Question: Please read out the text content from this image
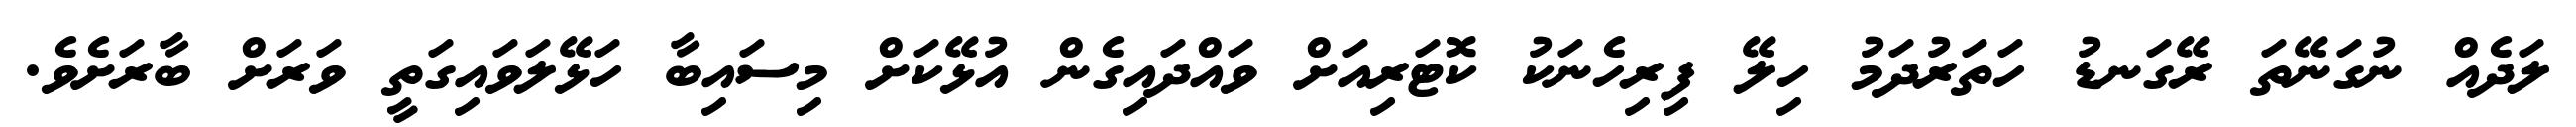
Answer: ލަދެއް ނުގަނޭތަ ރޭގަނޑު ހަތަރުދަމު ހިލޭ ފިރިހެނަކު ކޮޓަރިއަށް ވައްދައިގެން އުޅޭކަށް މިސައިބާ ހަޅޭލަވައިގަތީ ވަރަށް ބާރަށެވެ.